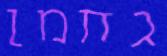
גחמן